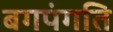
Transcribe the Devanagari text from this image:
बगपंगति